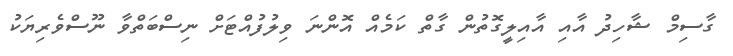
ގާސިމް ޝާހިދު އާއި އާއިލީގޮތުން ގާތް ކަމެއް އޮންނަ ވިލުފުއްޓަށް ނިސްބަތްވާ ނޫސްވެރިޔަކު